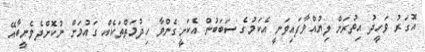
އޮގަރު ވަހީދު އިތުރަށް ލިޔުއްވާފައިވަނީ އެކަމުގެ ސަބަބުން އެކަށީގެންވާ ހިދުމަތްތަކެއް ގައުމަށް ނުކޮށްދެވެނީބާއޭ